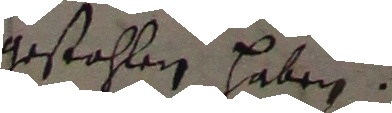
gestahlen haben.